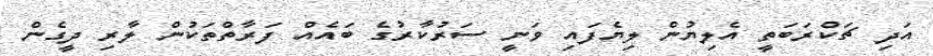
އަދި ޗަކްރަބަތީ އެލިޔުން ލިޔެފައި ވަނީ ސަރުކާރުގެ ބައެއް ފަރާތްތަކުން ލާރި ދީގެން